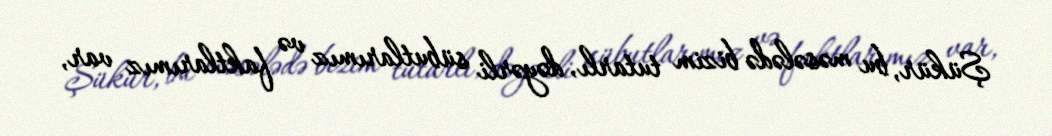
Şükür, bu məsələdə bizim tutarlı, dəyərli sübutlarımız və faktlarımız var,